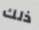
ذلك